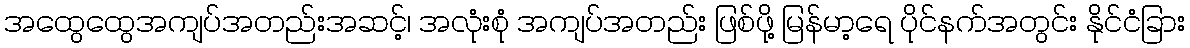
အထွေထွေအကျပ်အတည်းအဆင့်၊ အလုံးစုံ အကျပ်အတည်း ဖြစ်ဖို့ မြန်မာ့ရေ ပိုင်နက်အတွင်း နိုင်ငံခြား